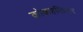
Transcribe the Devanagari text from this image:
कोकहलियर